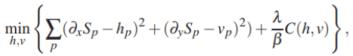
$\min _{h,v}\left\{\sum_{p}\left(\partial_{x} S_{p}-h_{p}\right)^{2}+\left(\partial_{y} S_{p}-v_{p}\right)^{2}+\frac{\lambda}{\beta} C(h, v)\right\},$